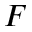
F